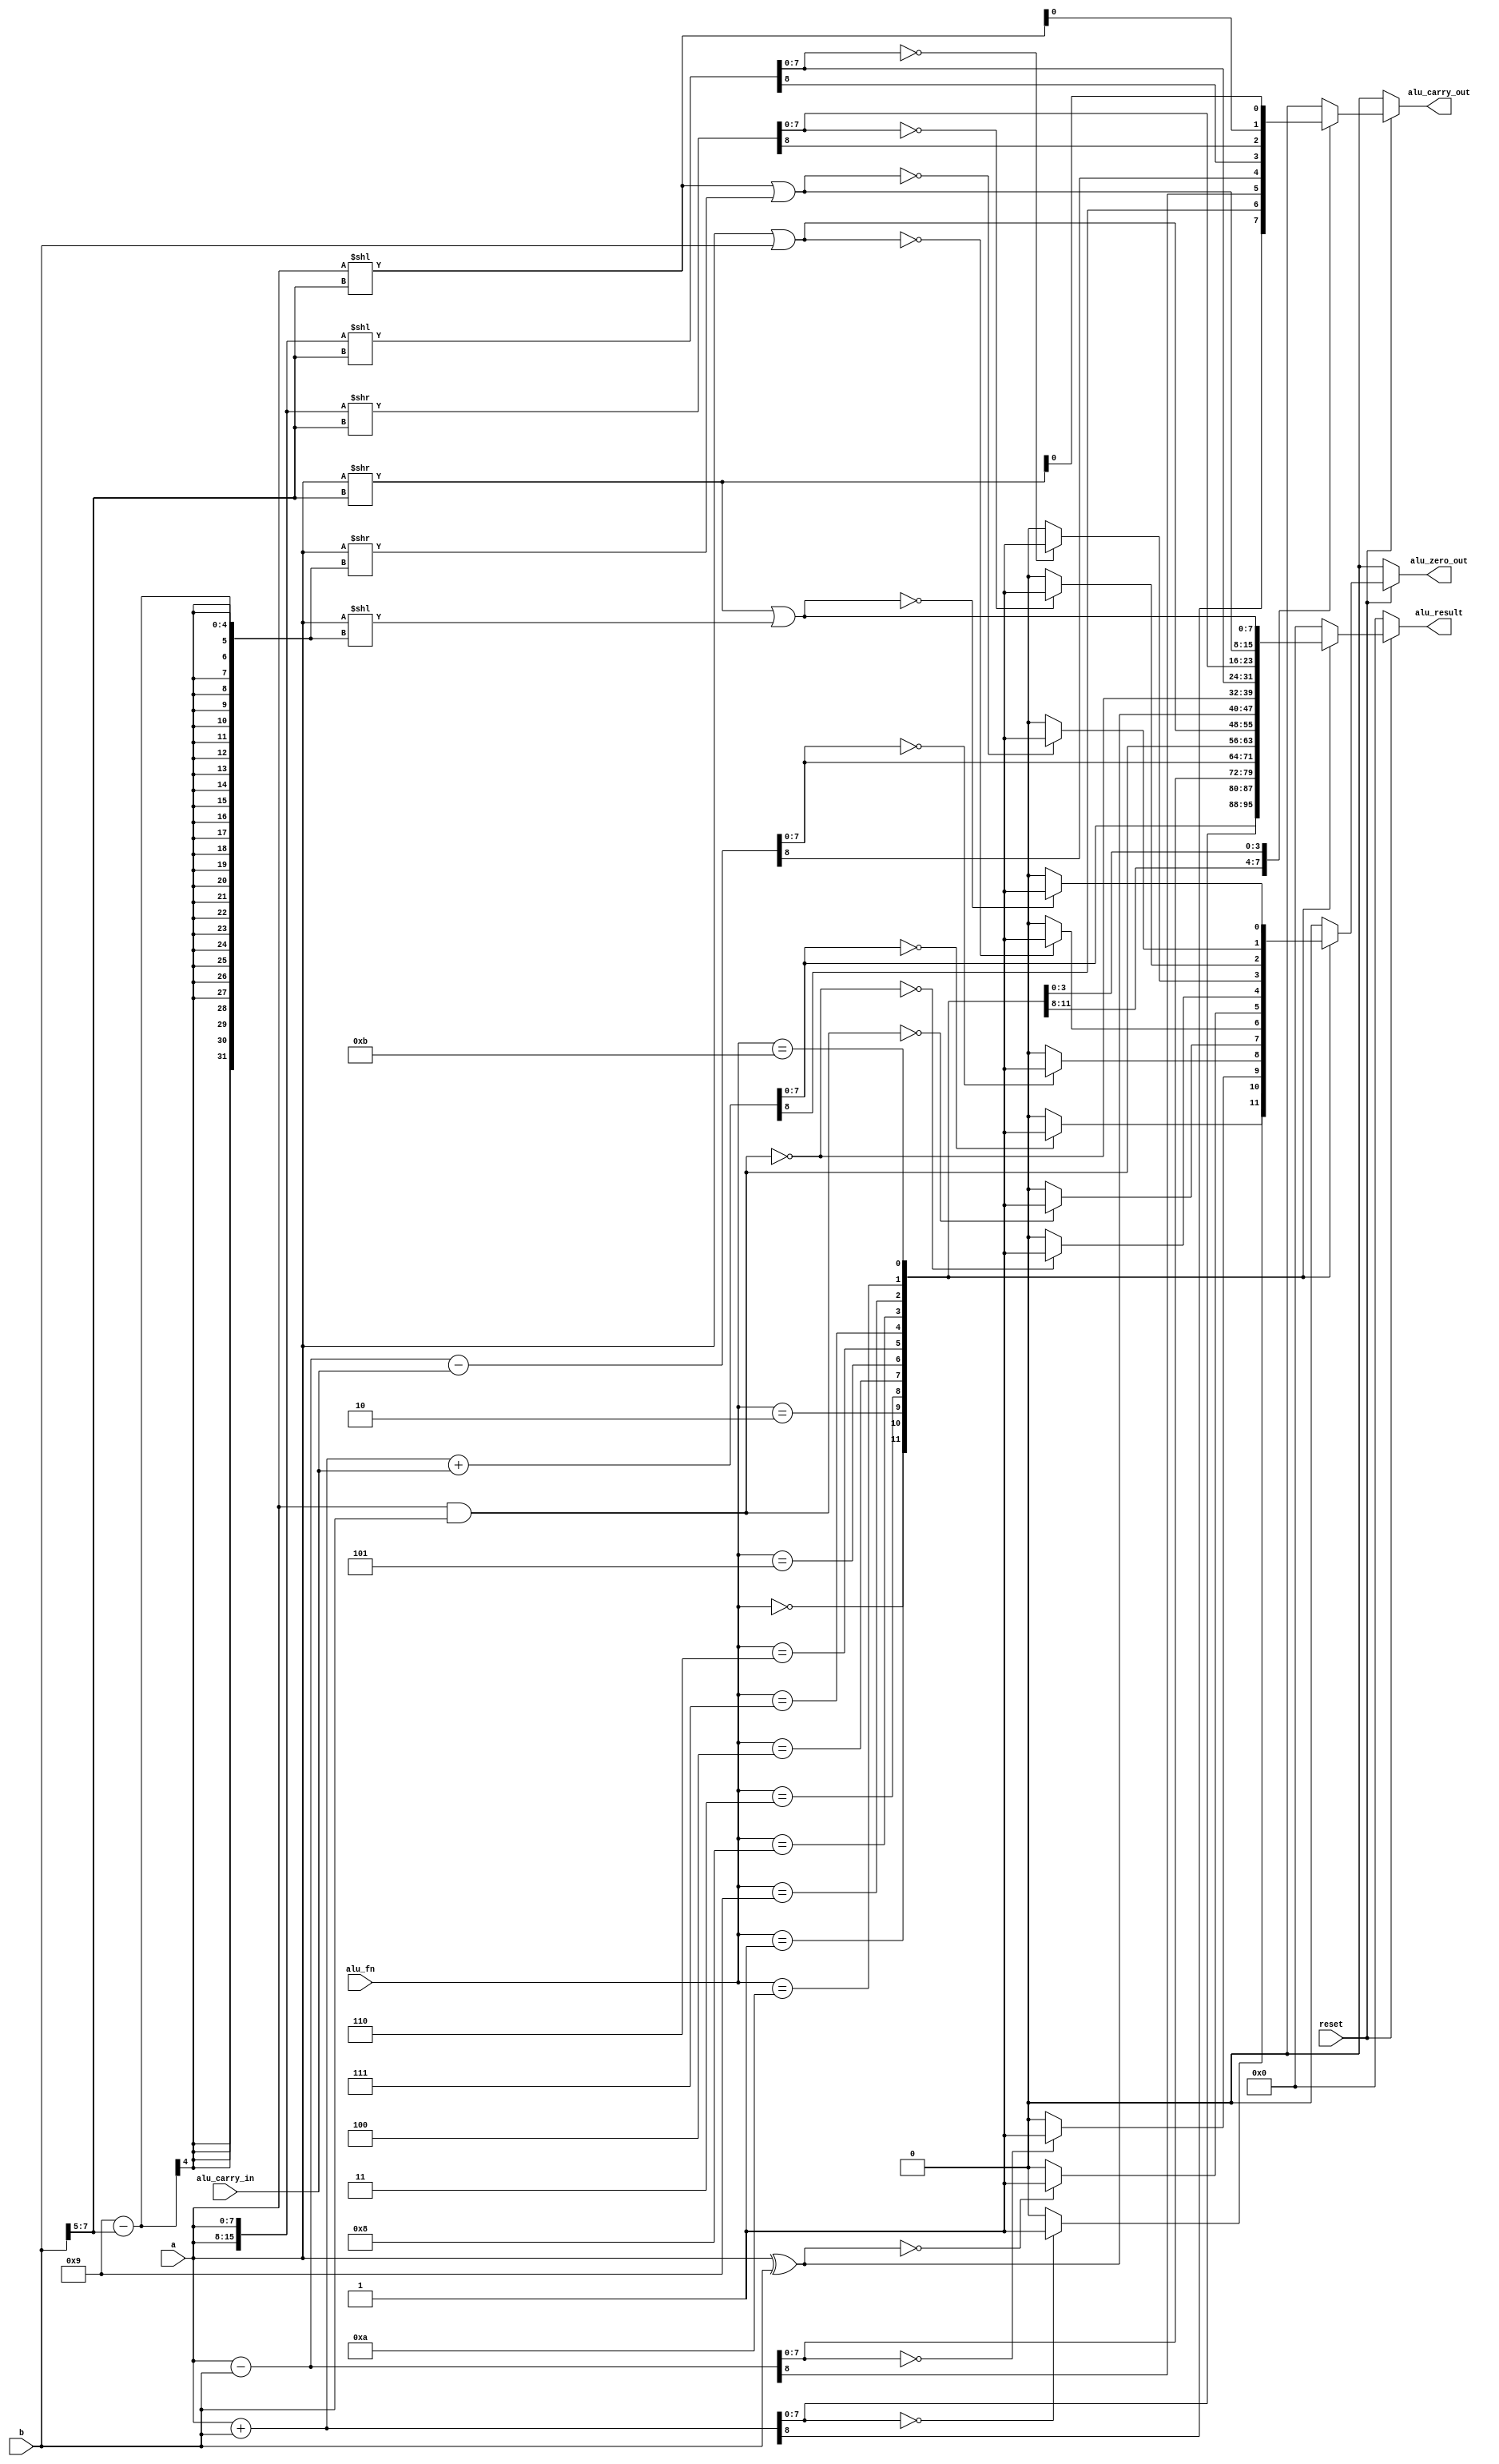
`timescale 1ps/1ps
module alushifter (reset, a, b, alu_carry_out, alu_zero_out, alu_carry_in, alu_fn, alu_result);
  
parameter d_width = 8;
parameter opcode_width = 4;

//input                      clk;
input                      reset;
input 			 [d_width-1:0]      a;
input 			 [d_width-1:0]      b;
input           [opcode_width-1:0] alu_fn;
input                              alu_carry_in;

output                             alu_carry_out;
output                             alu_zero_out;
output 	  		  [d_width-1:0]     alu_result;

reg                                alu_zero_out;
reg                                alu_carry_out;
reg  	  signed    [d_width-1:0]    alu_result;
reg                                sc;

always@(alu_fn or a or b or alu_carry_in)
begin

	 if(reset != 1'b1)
	 begin
		alu_carry_out = 1'b0;
		alu_zero_out  = 1'b0;
		alu_result    = 1'b0;
	 end
    
	 else
	 begin
    case(alu_fn)
      4'b0000 : begin
					 {alu_carry_out, alu_result} = a + b; //ADD
						if(alu_result == 0)
						begin
						alu_zero_out = 1'b1;
						end
    
						else
						begin
						alu_zero_out = 1'b0;
						end
					 end
					 
      4'b0001 : begin
					 {alu_carry_out, alu_result} = (a + b) + alu_carry_in; //ADDC
						if(alu_result == 0)
						begin
						alu_zero_out = 1'b1;
						end
    
						else
						begin
						alu_zero_out = 1'b0;
						end
					 end
					 
      4'b0010 : begin
					 {alu_carry_out, alu_result} = a - b; //SUB
						if(alu_result == 0)
						begin
						alu_zero_out = 1'b1;
						end
    
						else
						begin
						alu_zero_out = 1'b0;
						end
					 end
					 
      4'b0011 : begin
					 {alu_carry_out, alu_result} = (a - b) - alu_carry_in; //SUBC
						if(alu_result == 0)
						begin
						alu_zero_out = 1'b1;
						end
    
						else
						begin
						alu_zero_out = 1'b0;
						end
					 end
      //SUB and SUBC : Carry out value is borrow out and 
      //indicates that the operation overflowed to negative result
      
      4'b0100 : begin 
					 alu_result = a & b;
					 alu_carry_out = 1'b0;
						if(alu_result == 0)
						begin
						alu_zero_out = 1'b1;
						end
    
						else
						begin
						alu_zero_out = 1'b0;
						end
					 end
					 
      4'b0101 : begin
					 alu_result = a | b;
					 alu_carry_out = 1'b0;
						if(alu_result == 0)
						begin
						alu_zero_out = 1'b1;
						end
    
						else
						begin
						alu_zero_out = 1'b0;
						end
					 end
					 
      4'b0110 : begin
					 alu_result = a ^ b;
					 alu_carry_out = 1'b0;
						if(alu_result == 0)
						begin
						alu_zero_out = 1'b1;
						end
    
						else
						begin
						alu_zero_out = 1'b0;
						end
					 end
					 
      4'b0111 : begin 
					 alu_result = ~(a & b);
					 alu_carry_out = 1'b0;
						if(alu_result == 0)
						begin
						alu_zero_out = 1'b1;
						end
    
						else
						begin
						alu_zero_out = 1'b0;
						end
					 end
      //end of ALU Reg-Reg
      
      4'b1000 : begin 
					 {alu_carry_out,alu_result} = {a,a} << b[7:5];//Shift Left
						if(alu_result == 0)
						begin
						alu_zero_out = 1'b1;
						end
    
						else
						begin
						alu_zero_out = 1'b0;
						end
					 end
					 
      4'b1001 : begin
					 {alu_carry_out,alu_result} = {a,a} >> b[7:5];//Shift Right
						if(alu_result == 0)
						begin
						alu_zero_out = 1'b1;
						end
    
						else
						begin
						alu_zero_out = 1'b0;
						end
					 end
					 
      4'b1010 : begin
					 alu_result = ((a << b[7:5]) | (a >> (9-b[7:5])));//Rotate Left
					 alu_carry_out = a << b[7:5];
					 	if(alu_result == 0)
						begin
						alu_zero_out = 1'b1;
						end
    
						else
						begin
						alu_zero_out = 1'b0;
						end
					 end

      4'b1011 : begin 
					 alu_result = ((a >> b[7:5]) | (a << (9-b[7:5])));//Rotate Right
					 alu_carry_out = a >> b[7:5];
					 	if(alu_result == 0)
						begin
						alu_zero_out = 1'b1;
						end
    
						else
						begin
						alu_zero_out = 1'b0;
						end
					 end
					 
      default : begin
					 alu_carry_out = 1'b0;
					 alu_zero_out  = 1'b0;
					 alu_result    = 8'b00000000;
                end
    endcase
    
    $display("ALU RESULT: %b, %b, %b",alu_result,a , b);
    
end
end
endmodule